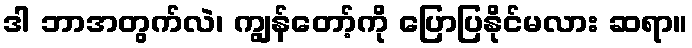
ဒါ ဘာအတွက်လဲ၊ ကျွန်တော့်ကို ပြောပြနိုင်မလား ဆရာ။